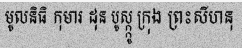
មូលនិធិ កុមារ ដុន បូស្ក្កូ ក្រុង ព្រះសីហនុ